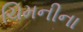
ચિમનીના